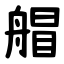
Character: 艒